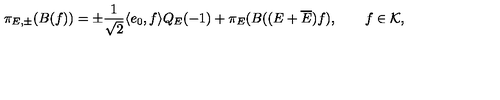
\pi _ { E , \pm } ( B ( f ) ) = \pm \frac { 1 } { \sqrt { 2 } } \langle e _ { 0 } , f \rangle Q _ { E } ( - 1 ) + \pi _ { E } ( B ( ( E + \overline { { E } } ) f ) , \qquad f \in { \cal K } ,